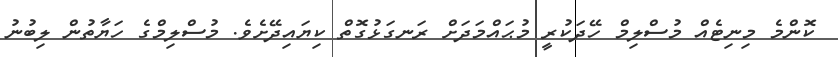
ކޮންމެ މިނިޓެއް މުސްލިމް ހޭދަކުރީ މުޙައްމަދަށް ރަނގަޅުގޮތް ކިޔައިދޭށެވެ. މުސްލިމްގެ ހަޔާތުން ލިބުނު